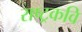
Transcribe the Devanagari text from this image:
राष्‍ट्रकवि